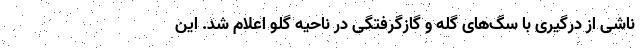
ناشی از درگیری با سگ‌های گله و گازگرفتگی در ناحیه گلو اعلام شد. این